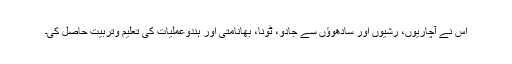
اس نے آچاریوں، رشیوں اور سادھوؤں سے جادو، ٹونا، بھانامتی اور ہندوعملیات کی تعلیم وتربیت حاصل کی۔